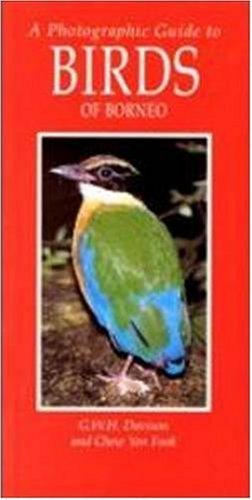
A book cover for Photographic Guide to the Birds of Borneo; Geffrey Davison; Travel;